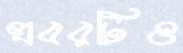
খবরটিও